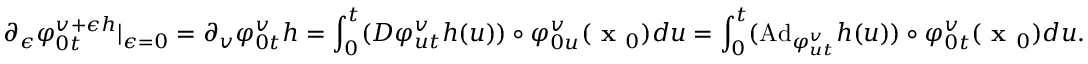
\partial _ { \epsilon } \varphi _ { 0 t } ^ { v + \epsilon h } | _ { \epsilon = 0 } = \partial _ { v } \varphi _ { 0 t } ^ { v } h = \int _ { 0 } ^ { t } ( D \varphi _ { u t } ^ { v } h ( u ) ) \circ \varphi _ { 0 u } ^ { v } ( \textbf { x } _ { 0 } ) d u = \int _ { 0 } ^ { t } ( \mathrm { A d } _ { \varphi _ { u t } ^ { v } } h ( u ) ) \circ \varphi _ { 0 t } ^ { v } ( \textbf { x } _ { 0 } ) d u .